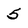
Character: 5